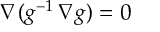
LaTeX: \nabla ( g ^ { - 1 } \, \nabla g ) = 0